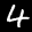
Label: 4